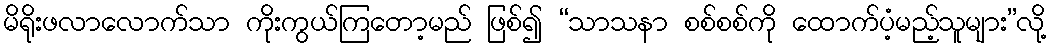
မိရိုးဖလာလောက်သာ ကိုးကွယ်ကြတော့မည် ဖြစ်၍ “သာသနာ စစ်စစ်ကို ထောက်ပံ့မည့်သူများ”လို့